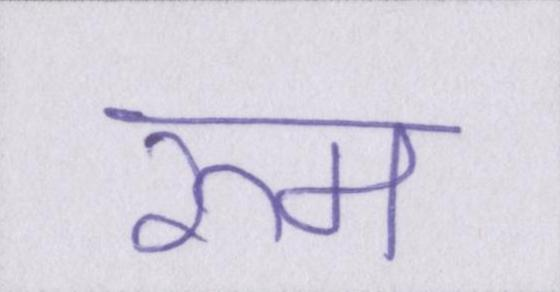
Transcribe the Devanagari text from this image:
रूम